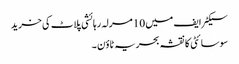
سیکٹر ایف میں 10 مرلہ رہائشی پلاٹ کی خرید
سوسائٹی کا نقشہ بحریہ ٹاؤن ۔